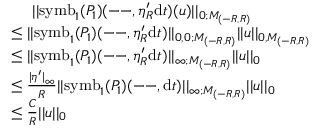
\begin{array} { r l } & { \quad \ | | \mathrm { s y m b } _ { 1 } ( P _ { 1 } ) ( \mathrm { -- } , \eta _ { R } ^ { \prime } \mathrm { d } t ) ( u ) | | _ { 0 ; M _ { ( - R , R ) } } } \\ & { \leq | | \mathrm { s y m b } _ { 1 } ( P _ { 1 } ) ( \mathrm { -- } , \eta _ { R } ^ { \prime } \mathrm { d } t ) | | _ { 0 , 0 ; M _ { ( - R , R ) } } | | u | | _ { 0 , M _ { ( - R , R ) } } } \\ & { \leq | | \mathrm { s y m b } _ { 1 } ( P _ { 1 } ) ( \mathrm { -- } , \eta _ { R } ^ { \prime } \mathrm { d } t ) | | _ { \infty ; M _ { ( - R , R ) } } | | u | | _ { 0 } } \\ & { \leq \frac { | \eta ^ { \prime } | _ { \infty } } { R } | | \mathrm { s y m b } _ { 1 } ( P _ { 1 } ) ( \mathrm { -- } , \mathrm { d } t ) | | _ { \infty ; M _ { ( - R , R ) } } | | u | | _ { 0 } } \\ & { \leq \frac { C } { R } | | u | | _ { 0 } } \end{array}